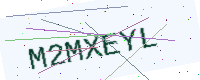
Text: M2MXEYL